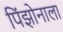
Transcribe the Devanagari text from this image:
पिंझोनाला